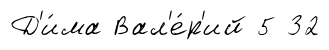
Д'и́ма Вал'е́р'ий 5 32